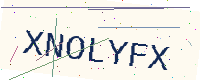
Text: XNOLYFX